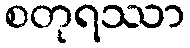
စတုရဿာ